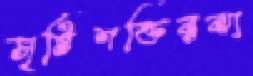
সৃষ্টিশক্তিরঝা